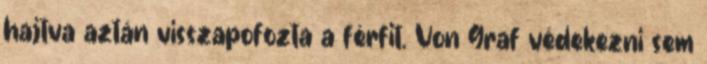
hajtva aztán visszapofozta a férfit. Von Graf védekezni sem